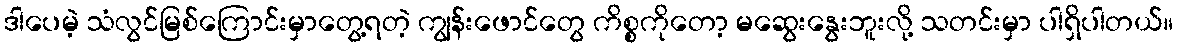
ဒါပေမဲ့ သံလွင်မြစ်ကြောင်းမှာတွေ့ရတဲ့ ကျွန်းဖောင်တွေ ကိစ္စကိုတော့ မဆွေးနွေးဘူးလို့ သတင်းမှာ ပါရှိပါတယ်။